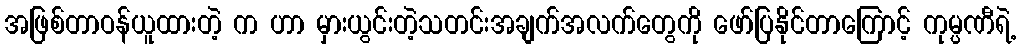
အဖြစ်တာဝန်ယူထားတဲ့ က ဟာ မှားယွင်းတဲ့သတင်းအချက်အလက်တွေကို ဖော်ပြနိုင်တာကြောင့် ကုမ္ပဏီရဲ့